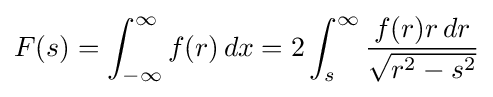
F(s)=\int _{-\infty }^{\infty }f(r)\,dx=2\int _{s}^{\infty }{\frac {f(r)r\,dr}{\sqrt {r^{2}-s^{2}}}}